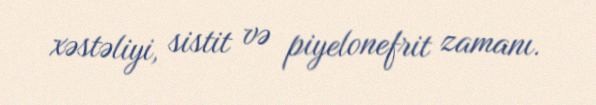
xəstəliyi, sistit və piyelonefrit zamanı.